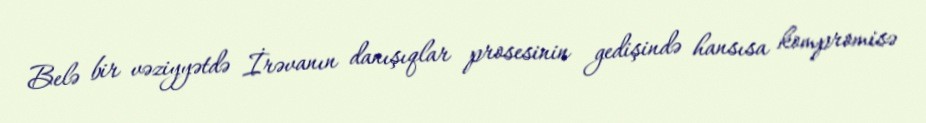
Belə bir vəziyyətdə İrəvanın danışıqlar prosesinin gedişində hansısa kompromisə